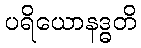
ပရိယောနဒ္ဓတိ